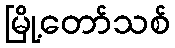
မြို့တော်သစ်